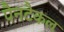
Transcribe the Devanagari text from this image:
पैनटैकल